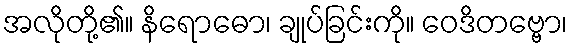
အလိုတို့၏။ နိရောဓော၊ ချုပ်ခြင်းကို။ ဝေဒိတဗ္ဗော၊